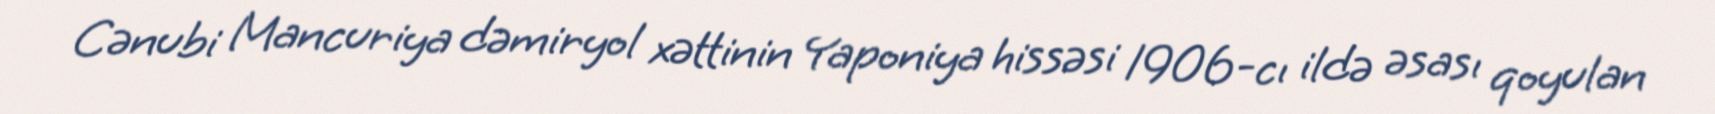
Cənubi Mancuriya dəmiryol xəttinin Yaponiya hissəsi 1906-cı ildə əsası qoyulan